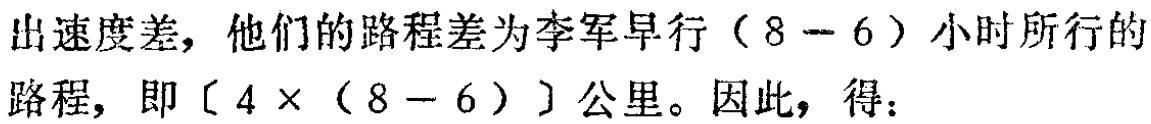
出速度差，他们的路程差为李军早行（8 - 6）小时所行的路程，即$[4\times(8 - 6)]$公里。因此，得：